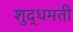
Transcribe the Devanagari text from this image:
शुद्धमती